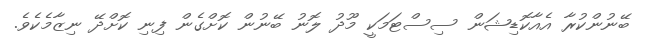
ބޭނުންކުރާ އެއާކޮޑިޝަން ސިސްޓަމަކީ މޫދު ލޮނު ބޭނުން ކޮށްގެން ފިނި ކޮށްދޭ ނިޒާމެކެވެ.